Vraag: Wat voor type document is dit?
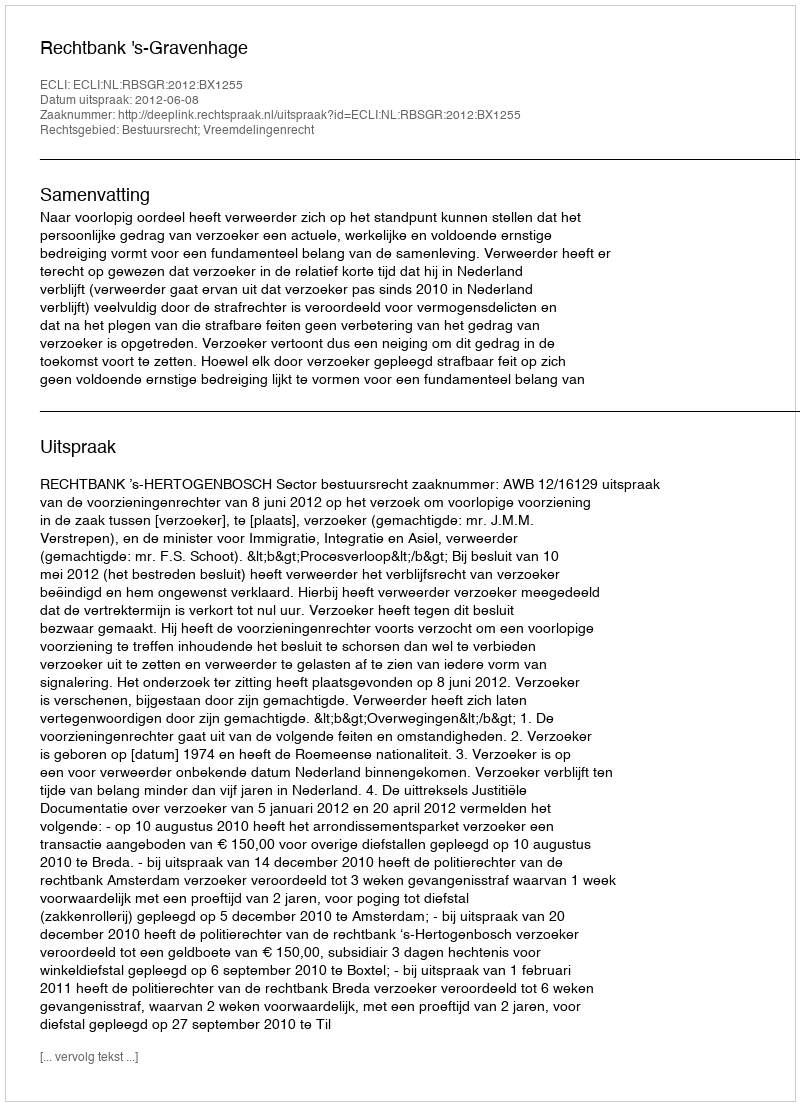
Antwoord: Uitspraak